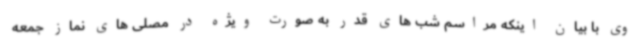
وی با بیان اینکه مراسم شب های قدر به صورت ویژه در مصلی های نماز جمعه